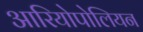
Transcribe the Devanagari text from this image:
आरियोपोलियन